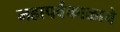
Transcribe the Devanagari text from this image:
महापर्वकाळाचे